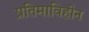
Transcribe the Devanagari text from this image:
प्रतिमाविहीन